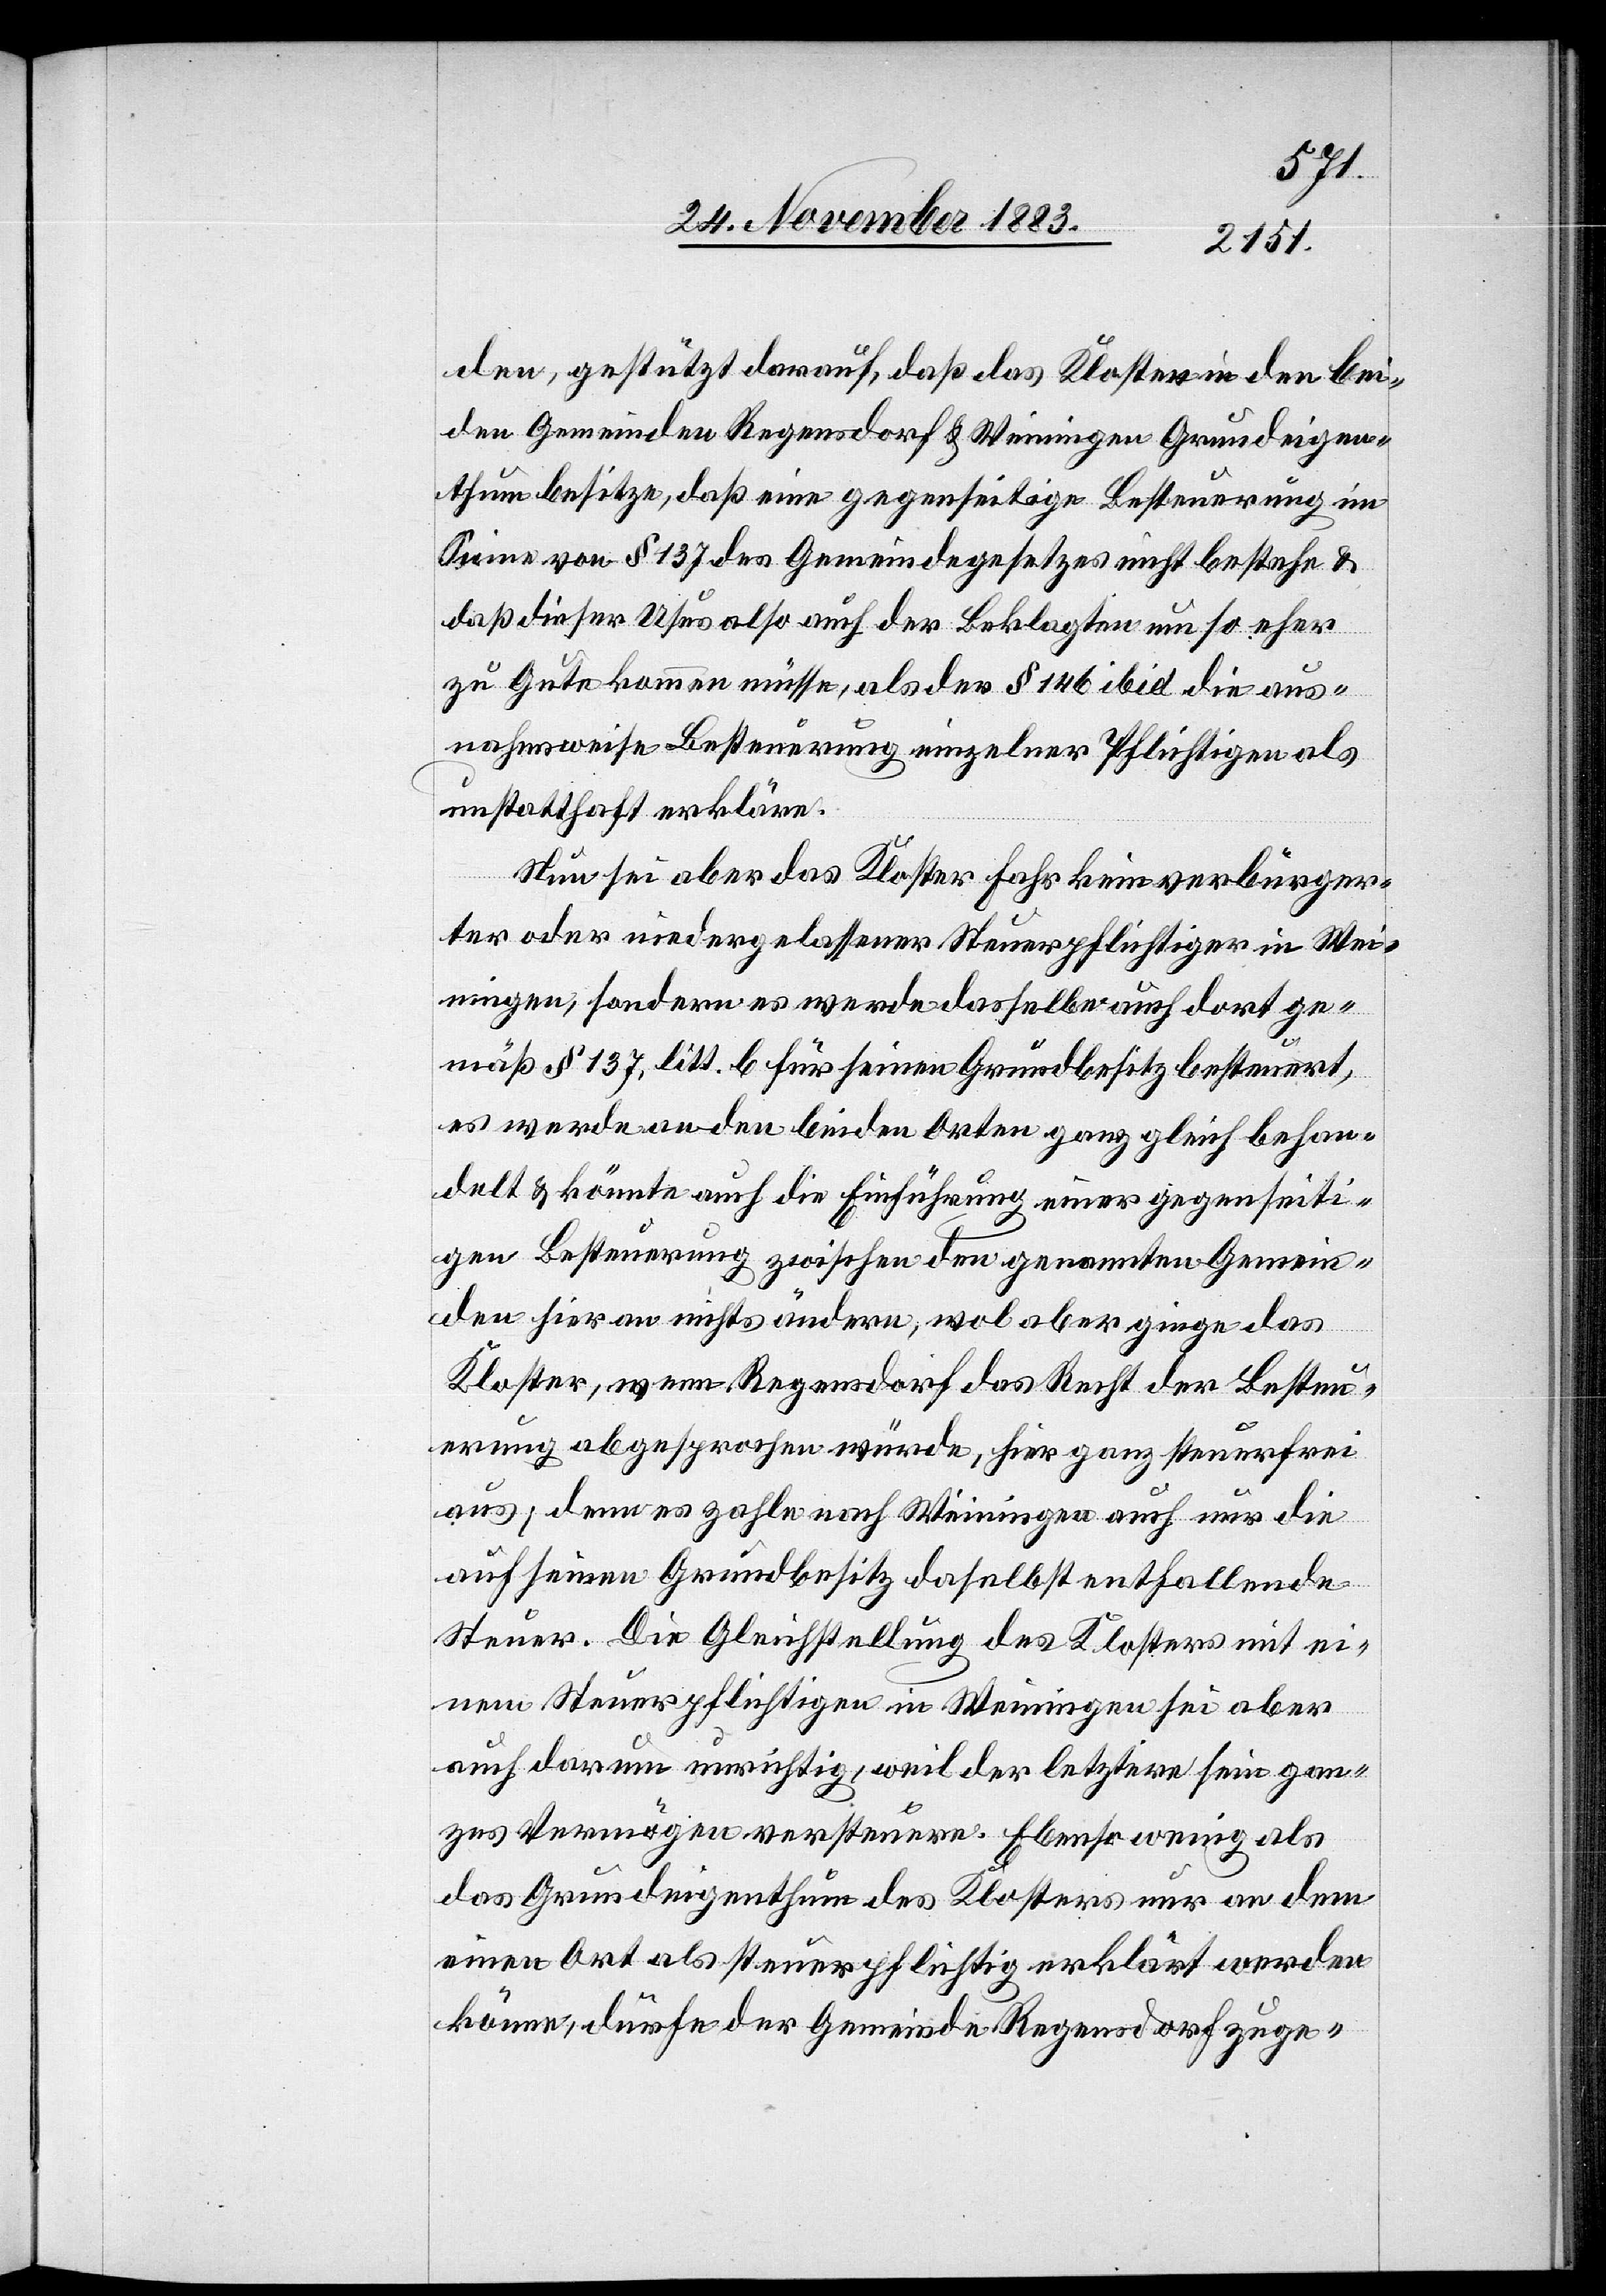
den, gestützt dadurch, daß das Kloster in den bei¬
den Gemeinden Regensdorf & Weiningen Grundeigen¬
thum besitze, daß eine gegenseitige Besteuerung im
Sinne von § 137 des Gemeindegesetzes nicht bestehe &
daß dieser Usus also auch der Beklagten um so eher
zu Gute kommen müsse, als der § 146 ibid die aus¬
nahmsweise Besteuerung einzelner Pflichtigen als
unstatthaft erkläre.
Nun sei aber das Kloster Fahr kein verbürg¬
ter oder niedergelassener Steuerpflichtiger in Wei¬
nigen, sondern es werde dasselbe auch dort ge¬
mäß § 137, litt. b für seinen Grundbesitz besteuert,
es werde an den beiden Orten ganz gleich behan¬
delt & könnte auch die Einführung einer gegenseiti¬
gen Besteuerung zwischen den genannten Gemein¬
den hieran nichts ändern, wol aber ginge das
Kloster, wenn Regensdorf das Recht der Besteu¬
erung abgesprochen würde, hier ganz steuerfrei
aus; denn es zahle nach Weiningen auch nur die
auf seinen Grundbesitz daselbst entfallende
Steuer. Die Gleichstellung des Klosters mit ei¬
nem Steuerpflichtigen in Weiningen sei aber
auch darum unrichtig, weil der letztere sein gan¬
zes Vermögen versteuere. Ebenso wenig als
das Grundeigenthum des Klosters nur an dem
einen Ort als steuerpflichtig erklärt werden
könne, dürfe der Gemeinde Regensdorf zuge-